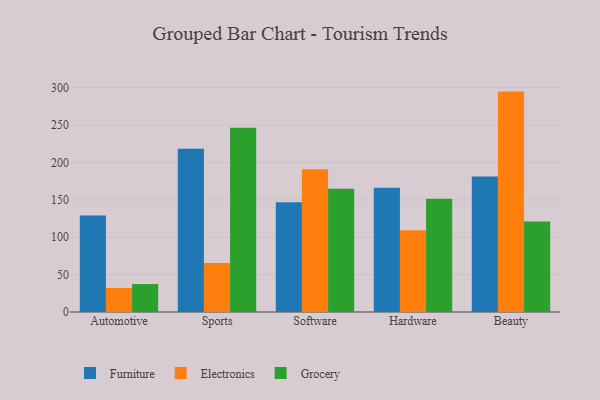
{"axis": {"x": "Category", "y": "Churn Rate (%)"}, "legend": ["Electronics", "Furniture", "Grocery"], "data": [{"x": "Automotive", "y": 129.2, "type": "Furniture"}, {"x": "Automotive", "y": 32.2, "type": "Electronics"}, {"x": "Automotive", "y": 37.4, "type": "Grocery"}, {"x": "Sports", "y": 218.3, "type": "Furniture"}, {"x": "Sports", "y": 65.6, "type": "Electronics"}, {"x": "Sports", "y": 246.5, "type": "Grocery"}, {"x": "Software", "y": 146.7, "type": "Furniture"}, {"x": "Software", "y": 190.9, "type": "Electronics"}, {"x": "Software", "y": 165.0, "type": "Grocery"}, {"x": "Hardware", "y": 166.2, "type": "Furniture"}, {"x": "Hardware", "y": 109.5, "type": "Electronics"}, {"x": "Hardware", "y": 151.6, "type": "Grocery"}, {"x": "Beauty", "y": 181.1, "type": "Furniture"}, {"x": "Beauty", "y": 294.8, "type": "Electronics"}, {"x": "Beauty", "y": 120.9, "type": "Grocery"}]}